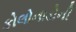
કોલોનાડોની